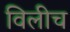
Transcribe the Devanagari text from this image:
विलीच